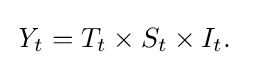
{\begin{aligned}{\textit {Y}}_{t}&={T}_{t}\times {S}_{t}\times {I}_{t}.\end{aligned}}